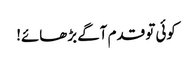
کوئی تو قدم آگے بڑھائے!